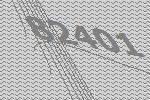
82401